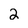
Character: 2